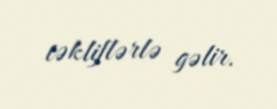
təkliflərlə gəlir.